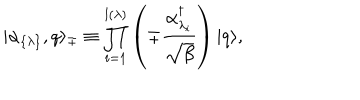
| \alpha _ { \{ \lambda \} } , q \rangle _ { \mp } \equiv \prod _ { i = 1 } ^ { l ( \lambda ) } \left( \mp { \frac { \alpha _ { \lambda _ { i } } ^ { \dagger } } { \sqrt { \beta } } } \right) | q \rangle ,